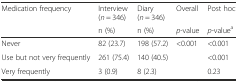
| <ROWSPAN=2> Medication frequency | Interview (n = 346) | Diary (n = 346) | Overall | Post hoc |
 | n (%) | n (%) | p-value | p-valuea |
 | --- | --- | --- | --- | --- |
 | Never | 82 (23.7) | 198 (57.2) | <ROWSPAN=3> <0.001 | <0.001 |
 | Use but not very frequently | 261 (75.4) | 140 (40.5) | <0.001 |
 | Very frequently | 3 (0.9) | 8 (2.3) | 0.23 |